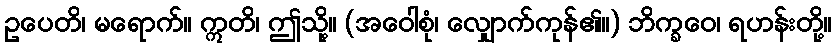
ဥပေတိ၊ မရောက်။ ဣတိ၊ ဤသို့။ (အဝေါစုံ၊ လျှောက်ကုန်၏။) ဘိက္ခဝေ၊ ရဟန်းတို့။